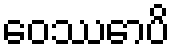
ဝေဿောပိ